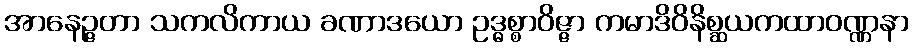
အာနေဉ္ဇတာ သကလိကာယ ခဏာဒယော ဥဒ္ဓစ္စာဝိဇ္ဇာ ကမာဒိဝိနိစ္ဆယကထာဝဏ္ဏနာ